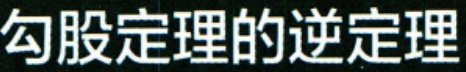
勾股定理的逆定理